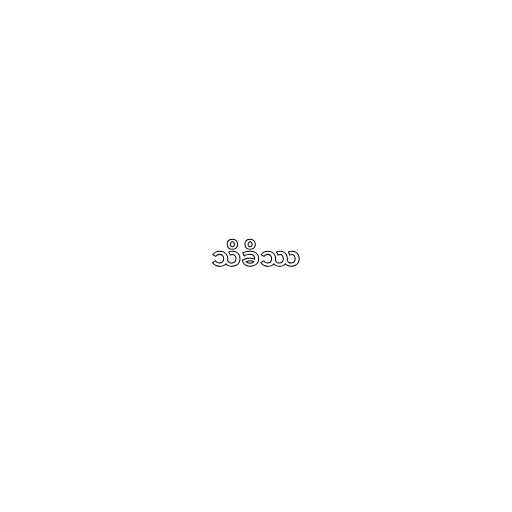
သိခိဿ